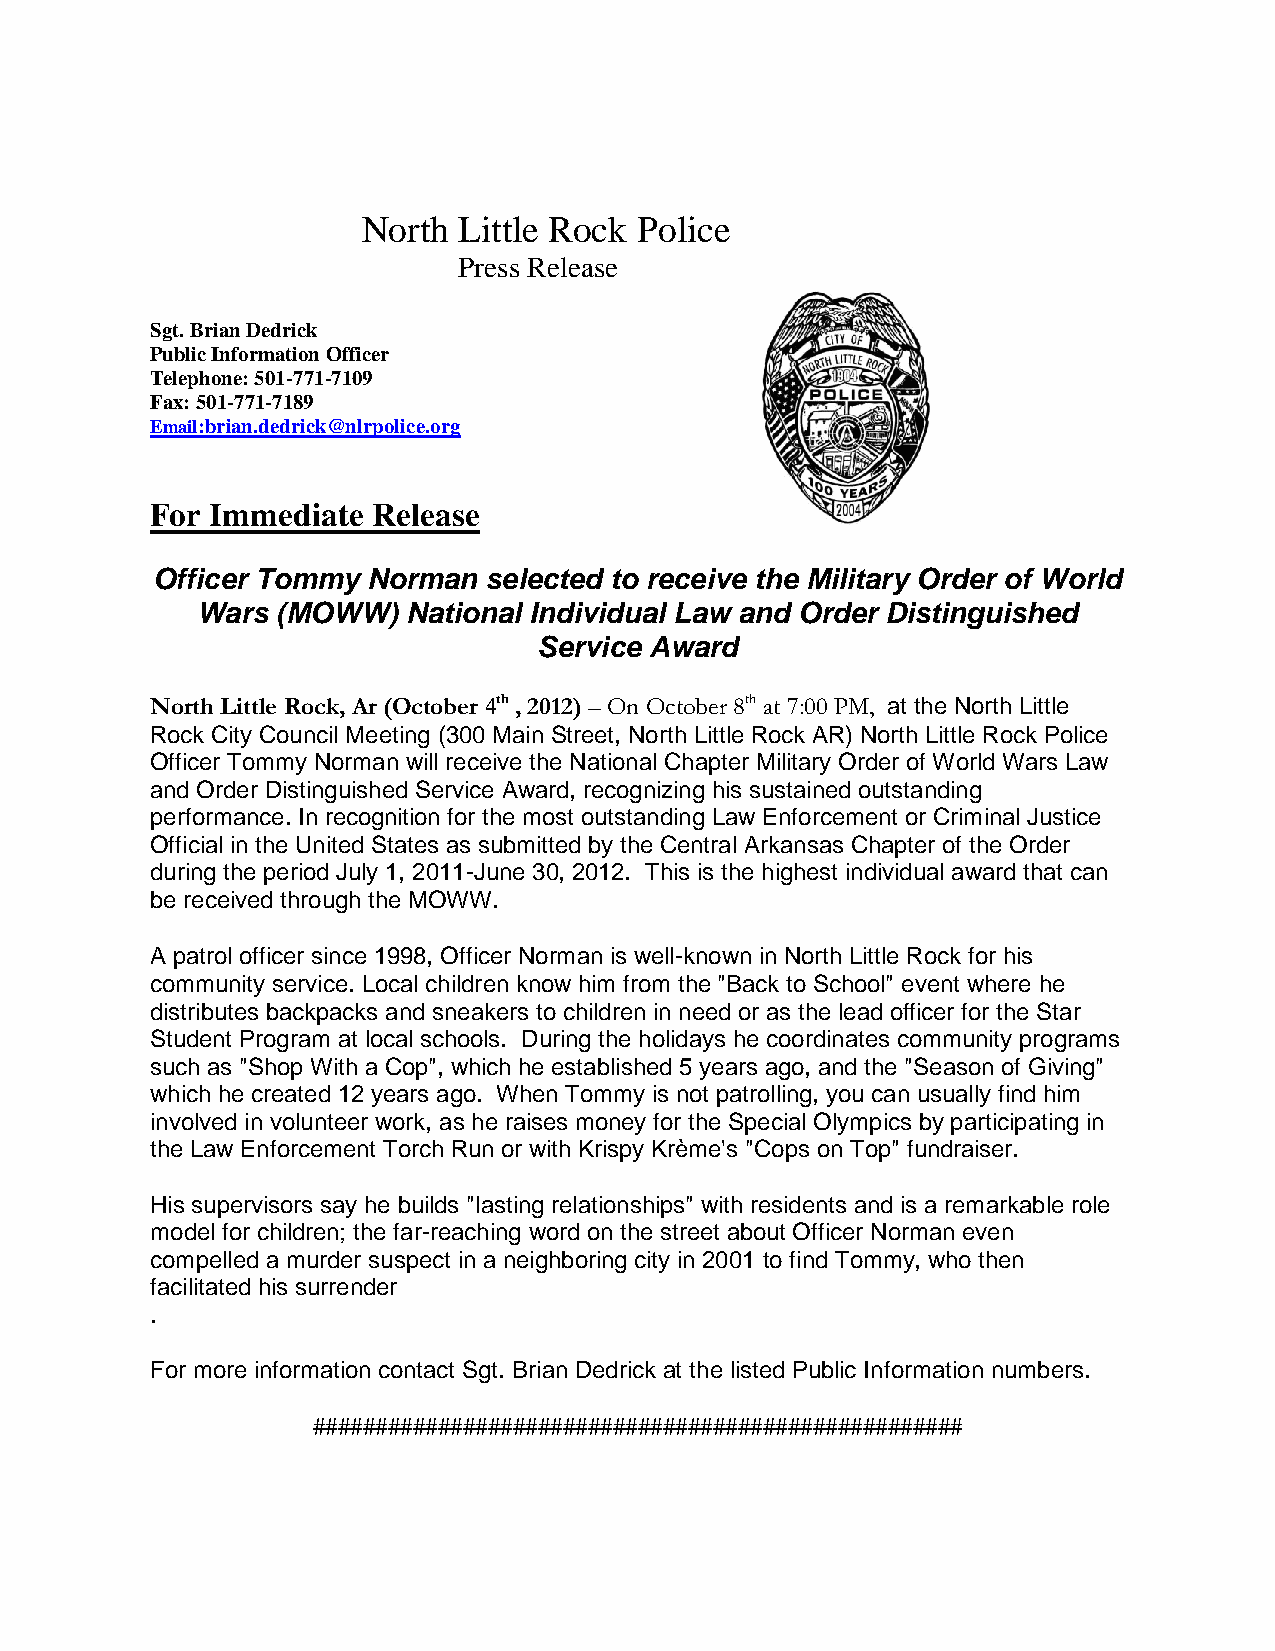
North Little Rock Police
 Press Release
 Sgt. Brian Dedrick
 Public Information Officer
 Telephone: 501-771-7109
 Fax: 501-771-7189
 Email:brian.dedrick@nlrpolice.org
 For Immediate  Release
 Officer Tommy Norman  selected to receive the Military Order of World
 Wars (MOWW)   National Individual Law and Order Distinguished
 Service Award
 North Little Rock, Ar (October 4th , 2012) – On October 8th at 7:00 PM, at the North Little
 Rock City Council Meeting (300 Main Street, North Little Rock AR) North Little Rock Police
 Officer Tommy Norman will receive the National Chapter Military Order of World Wars Law
 and Order Distinguished Service Award, recognizing his sustained outstanding
 performance. In recognition for the most outstanding Law Enforcement or Criminal Justice
 Official in the United States as submitted by the Central Arkansas Chapter of the Order
 during the period July 1, 2011-June 30, 2012. This is the highest individual award that can
 be received through the MOWW.
 A patrol officer since 1998, Officer Norman is well-known in North Little Rock for his
 community service. Local children know him from the "Back to School" event where he
 distributes backpacks and sneakers to children in need or as the lead officer for the Star
 Student Program at local schools. During the holidays he coordinates community programs
 such as "Shop With a Cop", which he established 5 years ago, and the "Season of Giving"
 which he created 12 years ago. When Tommy is not patrolling, you can usually find him
 involved in volunteer work, as he raises money for the Special Olympics by participating in
 the Law Enforcement Torch Run or with Krispy Krème's "Cops on Top" fundraiser.
 His supervisors say he builds "lasting relationships" with residents and is a remarkable role
 model for children; the far-reaching word on the street about Officer Norman even
 compelled a murder suspect in a neighboring city in 2001 to find Tommy, who then
 facilitated his surrender
 .
 For more information contact Sgt. Brian Dedrick at the listed Public Information numbers.
 ####################################################